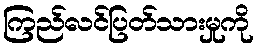
ကြည်လင်ပြတ်သားမှုကို